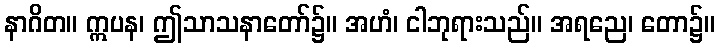
နာဂိတ။ ဣပန၊ ဤသာသနာတော်၌။ အဟံ၊ ငါဘုရားသည်။ အရညေ၊ တော၌။